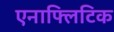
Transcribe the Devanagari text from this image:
एनाफ्लिटिक